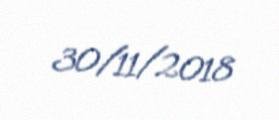
30/11/2018